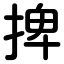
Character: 捭